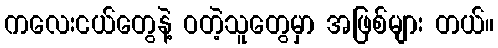
ကလေးငယ်တွေနဲ့ ဝတဲ့သူတွေမှာ အဖြစ်များ တယ်။